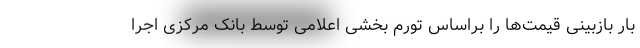
بار بازبینی قیمت‌ها را براساس تورم بخشی اعلامی توسط بانک مرکزی اجرا